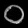
Digit: ၀